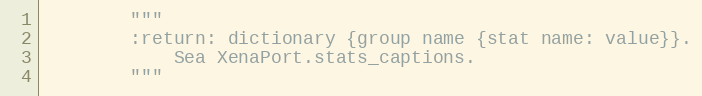
Language: Python
        """
        :return: dictionary {group name {stat name: value}}.
            Sea XenaPort.stats_captions.
        """